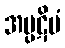
အပ္ပဋိမံ